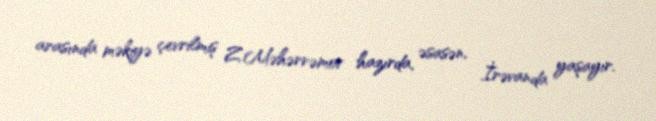
arasında məkiyə çevrilmiş Z.Məhərrəmov hazırda, əsasən, İrəvanda yaşayır.